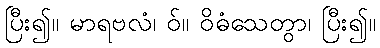
ပြီး၍။ မာရဗလံ၊ ဝ်။ ဝိဓံသေတွာ၊ ပြီး၍။